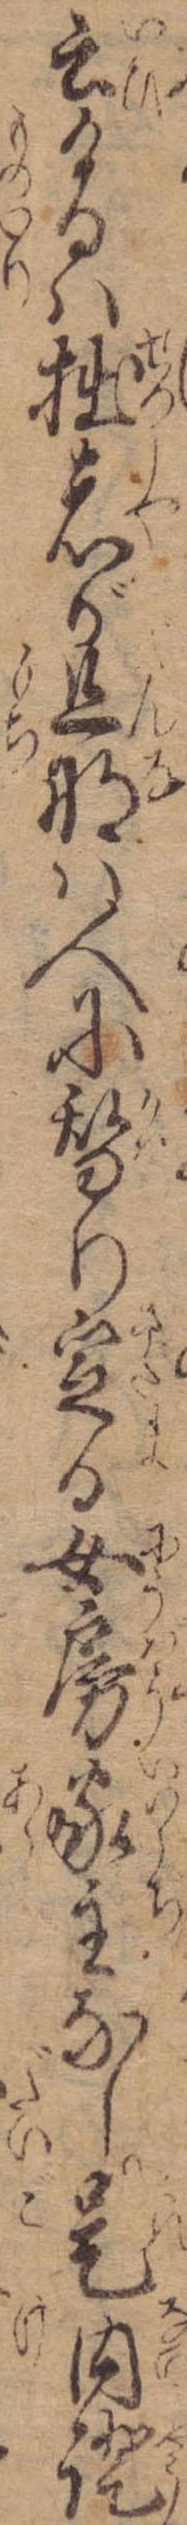
云けるは拙者が旦那は人に替り定る女房家主なし是内証